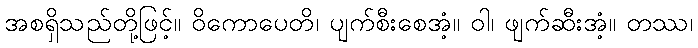
အစရှိသည်တို့ဖြင့်။ ဝိကောပေတိ၊ ပျက်စီးစေအံ့။ ဝါ၊ ဖျက်ဆီးအံ့။ တဿ၊